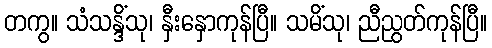
တကွ။ သံသန္ဒိံသု၊ နှီးနှောကုန်ပြီ။ သမိံသု၊ ညီညွတ်ကုန်ပြီ။